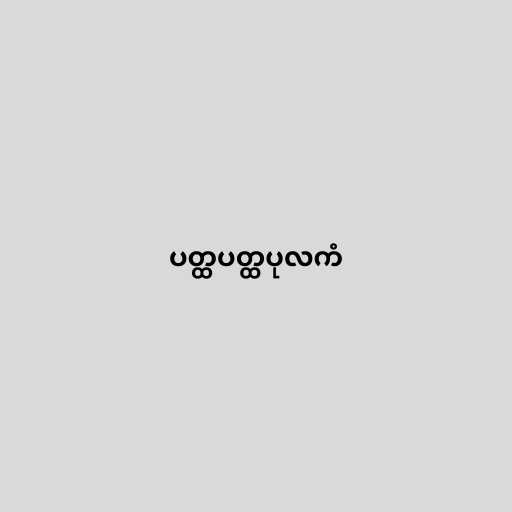
ပတ္ထပတ္ထပုလကံ